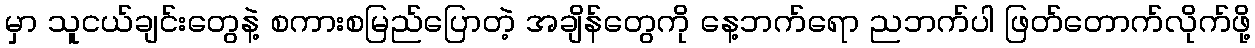
မှာ သူငယ်ချင်းတွေနဲ့ စကားစမြည်ပြောတဲ့ အချိန်တွေကို နေ့ဘက်ရော ညဘက်ပါ ဖြတ်တောက်လိုက်ဖို့